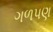
ગળપણ